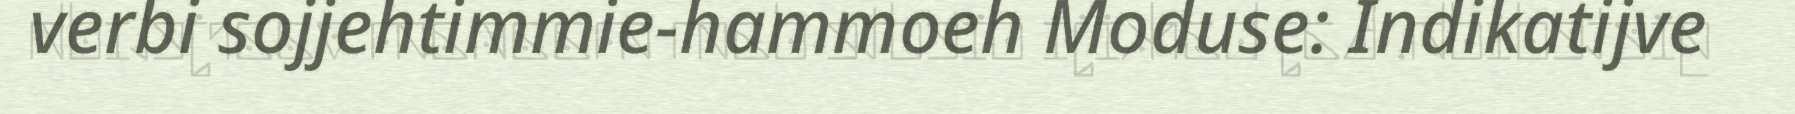
verbi sojjehtimmie-hammoeh Moduse: Indikatijve